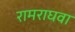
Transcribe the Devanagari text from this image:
रामराघवा